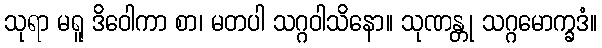
သုရာ မရူ ဒိဝေါကာ စာ၊ မတပါ သဂ္ဂဝါသိနော။ သုဏန္တု သဂ္ဂမောက္ခဒံ။